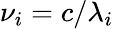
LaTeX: \nu_{i}=c/\lambda_{i}